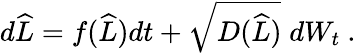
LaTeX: \begin{array}{r}{d\widehat{L}=f(\widehat{L})dt+\sqrt{D(\widehat{L})}\; dW_{t}\ .}\end{array}